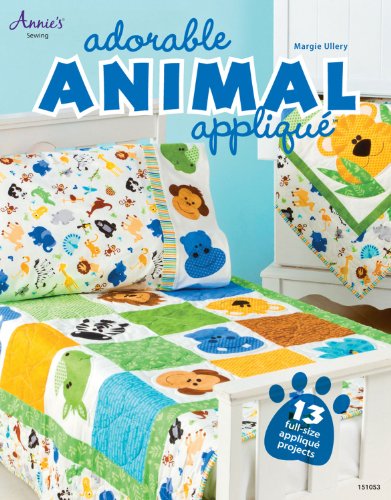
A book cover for Adorable Animal AppliquÃ© (Annie's Sewing); Margie Ullery; Crafts, Hobbies & Home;